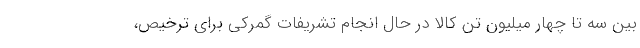
بین سه تا چهار میلیون تن کالا در حال انجام تشریفات گمرکی برای ترخیص،